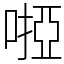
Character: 𠻺